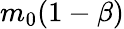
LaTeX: m_{0}(1-\beta)